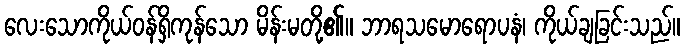
လေးသောကိုယ်ဝန်ရှိကုန်သော မိန်းမတို့၏။ ဘာရသမောရောပနံ၊ ကိုယ်ချခြင်းသည်။